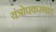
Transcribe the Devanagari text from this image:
यंत्रोपकरणात